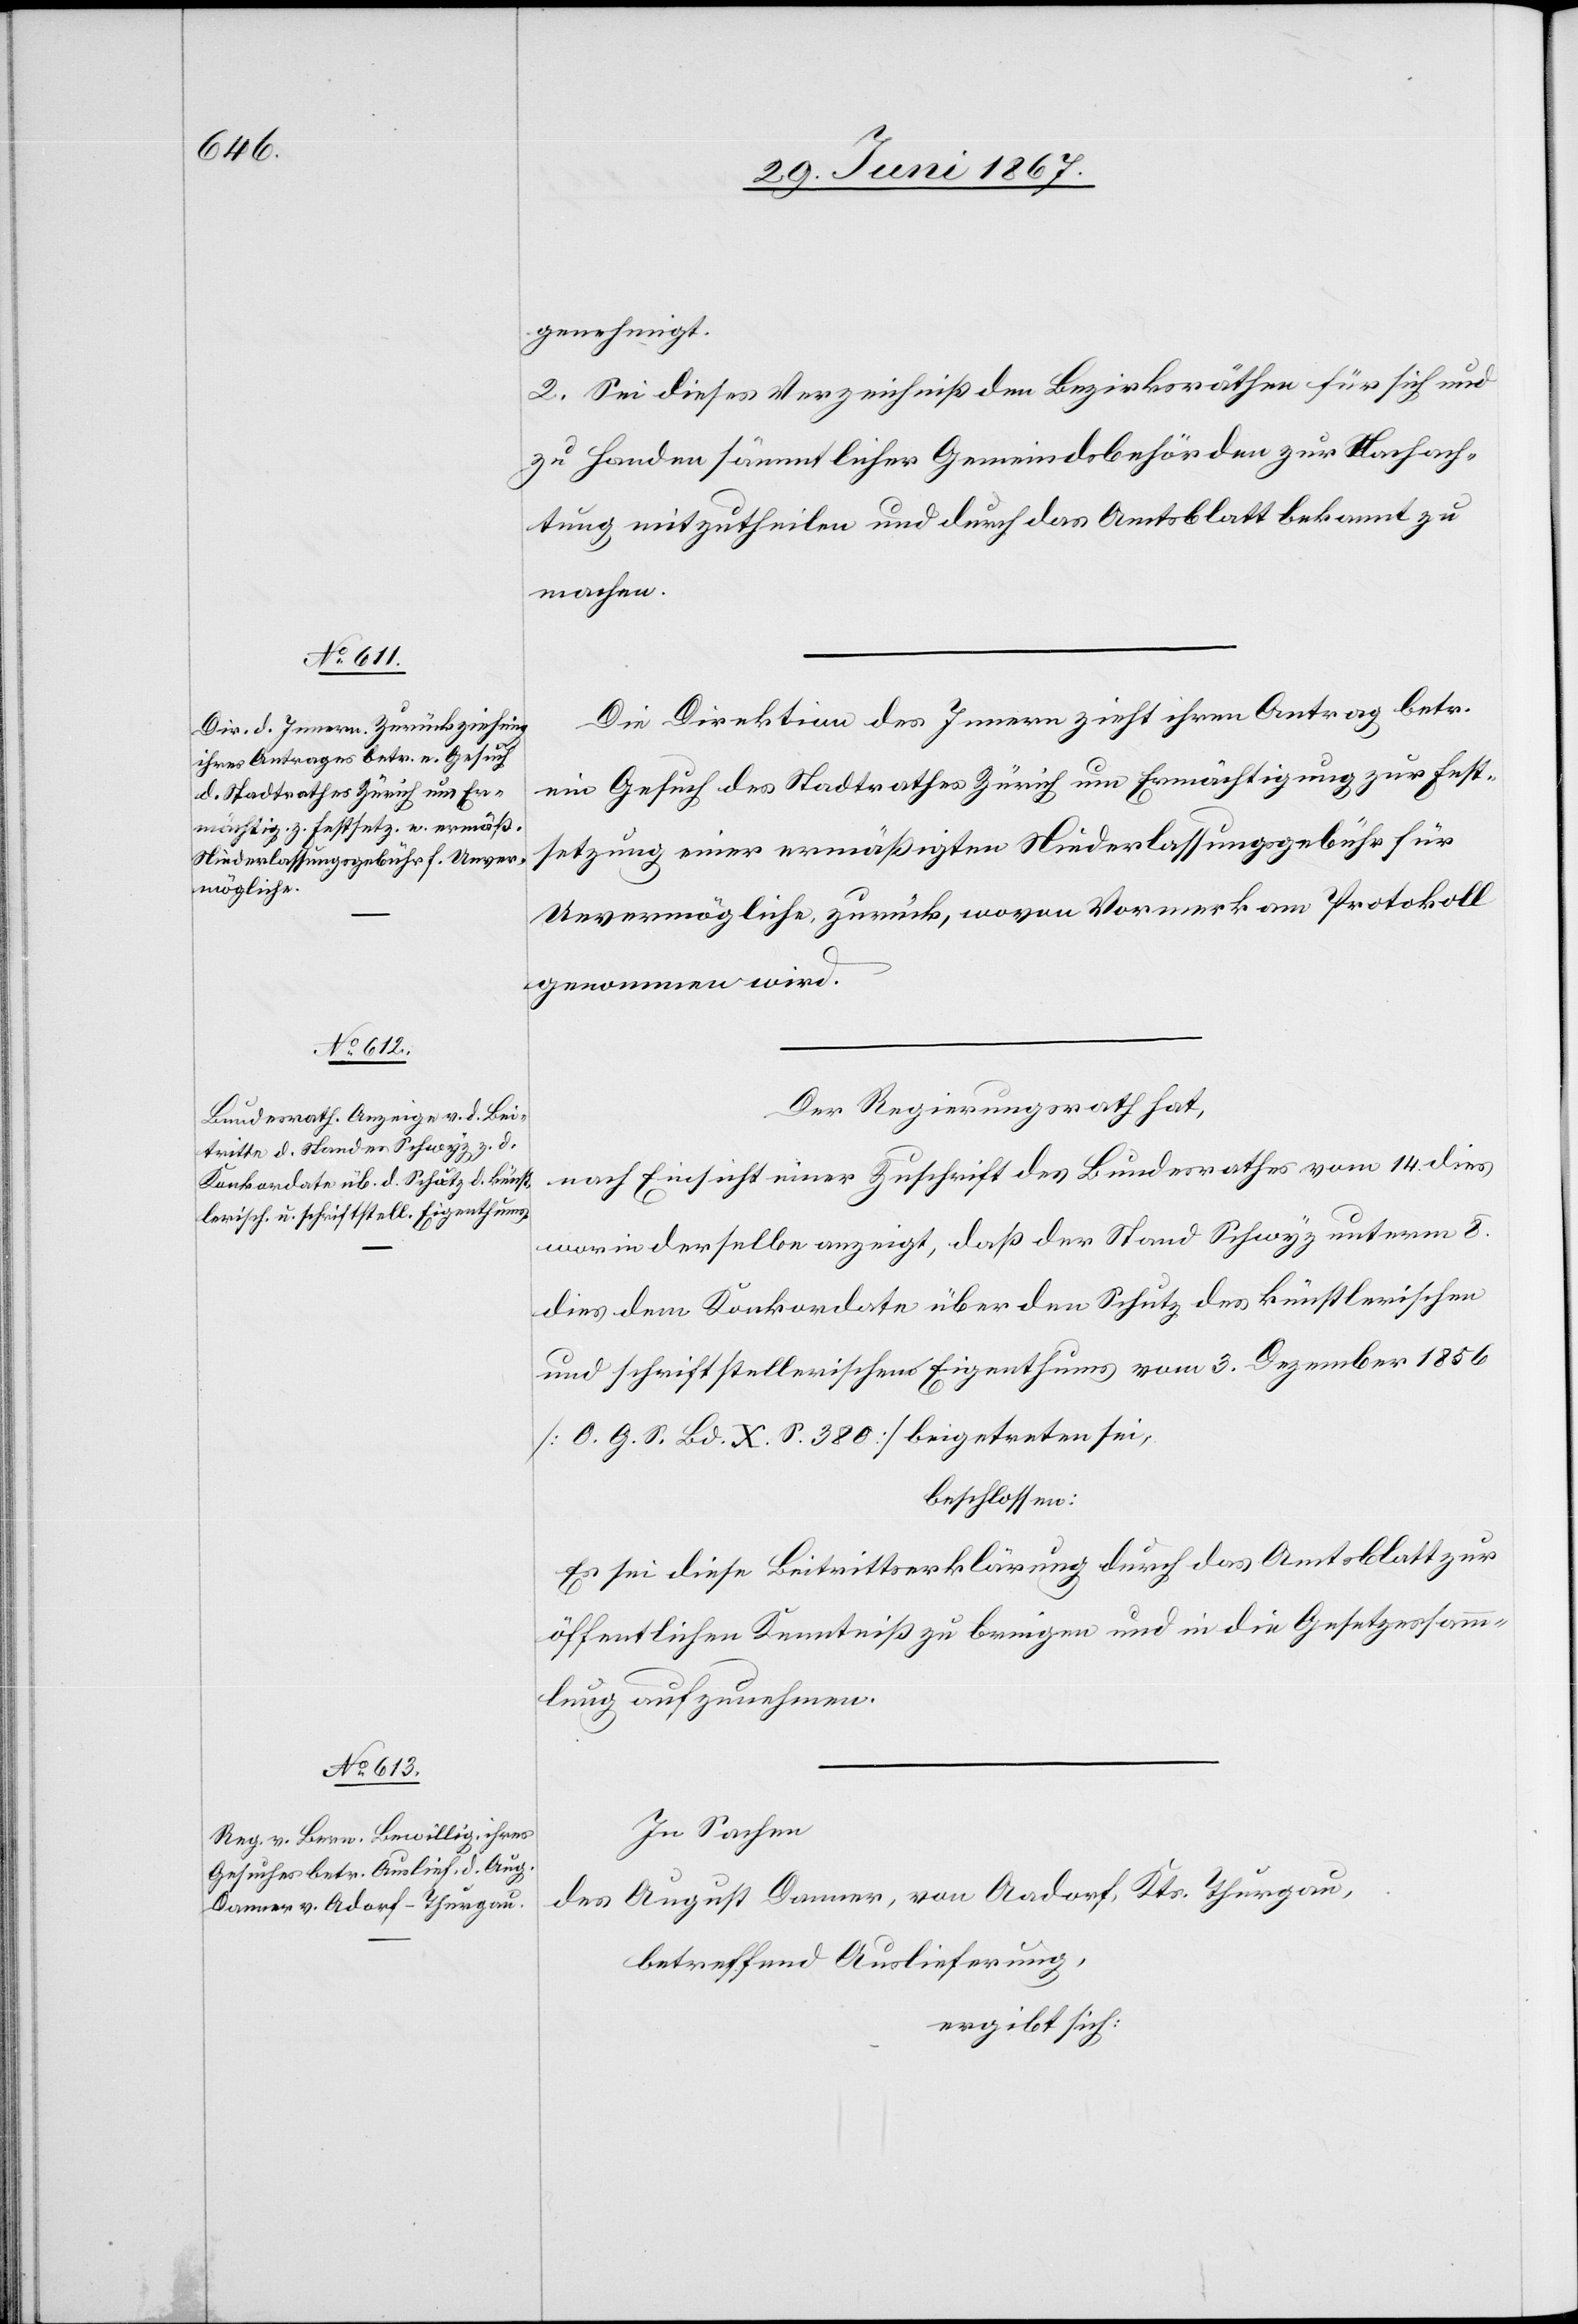
14.

genehmigt.
2. Sei dieses Verzeichniß den Bezirksräthen für sich und
zu Handen sämmtlicher Gemeindsbehörden zur Nachach¬
tung mitzutheilen und durch das Amtsblatt bekannt zu
machen.
Die Direktion des Innern zieht ihren Antrag betr.
ein Gesuch des Stadtrathes Zürich um Ermächtigung zur Fest¬
setzung einer ermäßigten Niederlassungsgebühr für
Unvermögliche zurück, wovon Vormerk am Protokoll
genommen wird.
Der Regierungsrath hat,
worin derselbe anzeigt, daß der Stand Schwyz unterm 8.
dies dem Konkordate über den Schutz des künstlerischen
und schriftstellerischen Eigenthums vom 3. Dezember 1856
[O. G. S. Bd. X. S. 380] beigetreten sei,
beschlossen:
Es sei diese Beitrittserklärung durch das Amtsblatt zur
öffentlichen Kenntniß zu bringen und in die Gesetzessamm¬
lung aufzunehmen.
In Sachen
des August Donner, von Aadorf, Kts. Thurgau,
betreffend Auslieferung,
ergibt sich: